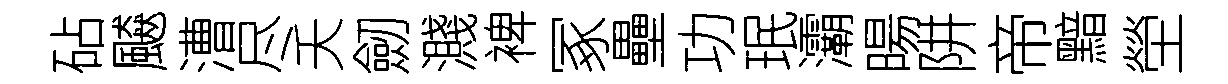
砧飇漕尽夭劒濺裨冢壘功珉灞暘阱帝黯塋